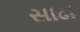
સાઢા